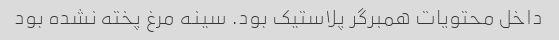
داخل محتویات همبرگر پلاستیک بود. سینه مرغ پخته نشده بود